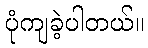
ပုံကျခဲ့ပါတယ်။